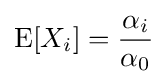
\operatorname {E} [X_{i}]={\frac {\alpha _{i}}{\alpha _{0}}}